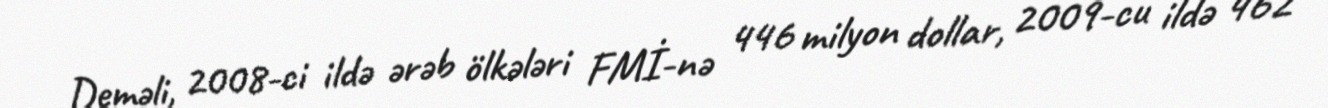
Deməli, 2008-ci ildə ərəb ölkələri FMİ-nə 446 milyon dollar, 2009-cu ildə 462